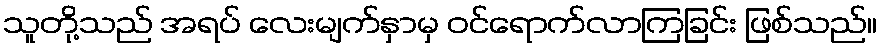
သူတို့သည် အရပ် လေးမျက်နှာမှ ဝင်ရောက်လာကြခြင်း ဖြစ်သည်။